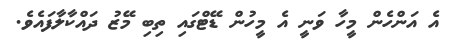
އެ އަންހެން މީހާ ވަނީ އެ މީހުން ޑޭޓްގައި ތިބި މޭޒު ދައްކާލާފައެެވެ.